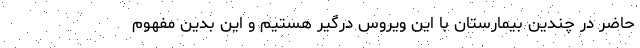
حاضر در چندین بیمارستان با این ویروس درگیر هستیم و این بدین مفهوم